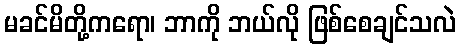
မခင်မိတို့ကရော၊ ဘာကို ဘယ်လို ဖြစ်စေချင်သလဲ